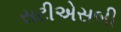
સટીએસબી